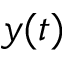
y ( t )